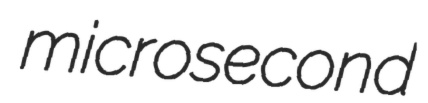
microsecond